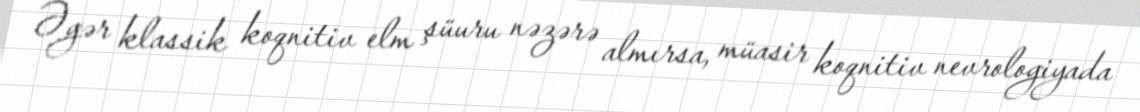
Əgər klassik koqnitiv elm şüuru nəzərə almırsa, müasir koqnitiv nevrologiyada